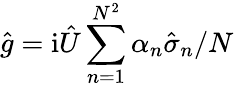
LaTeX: \hat{g}=\mathrm{i}\hat{U}\sum_{n=1}^{N^{2}}\alpha_{n}\hat{\sigma}_{n}/N